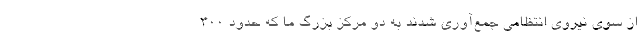
از سوی نیروی انتظامی جمع‌آوری شدند به دو مرکز بزرگ ما که حدود ۳۰۰